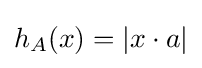
h_{A}(x)=|x\cdot a|